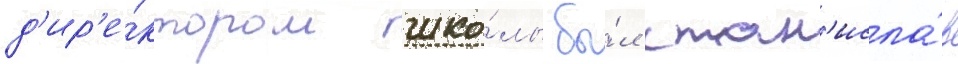
д'ир'е́ктором шко́лы бы́л стан'исла́в